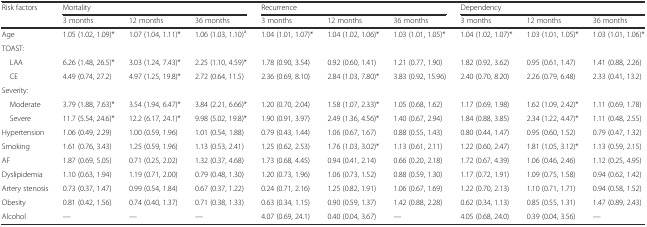
<table><thead><tr><td rowspan="2"><b>Risk factors</b></td><td colspan="3"><b>Mortality</b></td><td colspan="3"><b>Recurrence</b></td><td colspan="3"><b>Dependency</b></td></tr><tr><td><b>3 months</b></td><td><b>12 months</b></td><td><b>36 months</b></td><td><b>3 months</b></td><td><b>12 months</b></td><td><b>36 months</b></td><td><b>3 months</b></td><td><b>12 months</b></td><td><b>36 months</b></td></tr></thead><tbody><tr><td>Age</td><td>1.05 (1.02, 1.09)*</td><td>1.07 (1.04, 1.11)*</td><td>1.06 (1.03, 1.10)<sup>a</sup></td><td>1.04 (1.01, 1.07)*</td><td>1.04 (1.02, 1.06)*</td><td>1.03 (1.01, 1.05)*</td><td>1.04 (1.02, 1.07)*</td><td>1.03 (1.01, 1.05)*</td><td>1.03 (1.01, 1.06)*</td></tr><tr><td colspan="10">TOAST:</td></tr><tr><td> LAA</td><td>6.26 (1.48, 26.5)*</td><td>3.03 (1.24, 7.43)*</td><td>2.25 (1.10, 4.59)*</td><td>1.78 (0.90, 3.54)</td><td>0.92 (0.60, 1.41)</td><td>1.21 (0.77, 1.90)</td><td>1.82 (0.92, 3.62)</td><td>0.95 (0.61, 1.47)</td><td>1.41 (0.88, 2.26)</td></tr><tr><td> CE</td><td>4.49 (0.74, 27.2)</td><td>4.97 (1.25, 19.8)*</td><td>2.72 (0.64, 11.5)</td><td>2.36 (0.69, 8.10)</td><td>2.84 (1.03, 7.80)*</td><td>3.83 (0.92, 15.96)</td><td>2.40 (0.70, 8.20)</td><td>2.26 (0.79, 6.48)</td><td>2.33 (0.41, 13.2)</td></tr><tr><td colspan="10">Severity:</td></tr><tr><td> Moderate</td><td>3.79 (1.88, 7.63)*</td><td>3.54 (1.94, 6.47)*</td><td>3.84 (2.21, 6.66)*</td><td>1.20 (0.70, 2.04)</td><td>1.58 (1.07, 2.33)*</td><td>1.05 (0.68, 1.62)</td><td>1.17 (0.69, 1.98)</td><td>1.62 (1.09, 2.42)*</td><td>1.11 (0.69, 1.78)</td></tr><tr><td> Severe</td><td>11.7 (5.54, 24.6)*</td><td>12.2 (6.17, 24.1)*</td><td>9.98 (5.02, 19.8)*</td><td>1.90 (0.91, 3.97)</td><td>2.49 (1.36, 4.56)*</td><td>1.40 (0.67, 2.94)</td><td>1.84 (0.88, 3.85)</td><td>2.34 (1.22, 4.47)*</td><td>1.11 (0.48, 2.55)</td></tr><tr><td>Hypertension</td><td>1.06 (0.49, 2.29)</td><td>1.00 (0.59, 1.96)</td><td>1.01 (0.54, 1.88)</td><td>0.79 (0.43, 1.44)</td><td>1.06 (0.67, 1.67)</td><td>0.88 (0.55, 1.43)</td><td>0.80 (0.44, 1.47)</td><td>0.95 (0.60, 1.52)</td><td>0.79 (0.47, 1.32)</td></tr><tr><td>Smoking</td><td>1.61 (0.76, 3.43)</td><td>1.25 (0.59, 1.96)</td><td>1.13 (0.53, 2.41)</td><td>1.25 (0.62, 2.53)</td><td>1.76 (1.03, 3.02)*</td><td>1.13 (0.61, 2.11)</td><td>1.22 (0.60, 2.47)</td><td>1.81 (1.05, 3.12)*</td><td>1.13 (0.59, 2.15)</td></tr><tr><td>AF</td><td>1.87 (0.69, 5.05)</td><td>0.71 (0.25, 2.02)</td><td>1.32 (0.37, 4.68)</td><td>1.73 (0.68, 4.45)</td><td>0.94 (0.41, 2.14)</td><td>0.66 (0.20, 2.18)</td><td>1.72 (0.67, 4.39)</td><td>1.06 (0.46, 2.46)</td><td>1.12 (0.25, 4.95)</td></tr><tr><td>Dyslipidemia</td><td>1.10 (0.63, 1.94)</td><td>1.19 (0.71, 2.00)</td><td>0.79 (0.48, 1.30)</td><td>1.20 (0.73, 1.96)</td><td>1.06 (0.73, 1.52)</td><td>0.88 (0.59, 1.30)</td><td>1.17 (0.72, 1.91)</td><td>1.09 (0.75, 1.58)</td><td>0.94 (0.62, 1.42)</td></tr><tr><td>Artery stenosis</td><td>0.73 (0.37, 1.47)</td><td>0.99 (0.54, 1.84)</td><td>0.67 (0.37, 1.22)</td><td>0.24 (0.71, 2.16)</td><td>1.25 (0.82, 1.91)</td><td>1.06 (0.67, 1.69)</td><td>1.22 (0.70, 2.13)</td><td>1.10 (0.71, 1.71)</td><td>0.94 (0.58, 1.52)</td></tr><tr><td>Obesity</td><td>0.81 (0.42, 1.56)</td><td>0.74 (0.40, 1.37)</td><td>0.71 (0.38, 1.33)</td><td>0.63 (0.34, 1.15)</td><td>0.90 (0.59, 1.37)</td><td>1.42 (0.88, 2.28)</td><td>0.62 (0.34, 1.13)</td><td>0.85 (0.55, 1.31)</td><td>1.47 (0.89, 2.43)</td></tr><tr><td>Alcohol</td><td>—</td><td>—</td><td>—</td><td>4.07 (0.69, 24.1)</td><td>0.40 (0.04, 3.67)</td><td>—</td><td>4.05 (0.68, 24.0)</td><td>0.39 (0.04, 3.56)</td><td>—</td></tr></tbody></table>